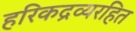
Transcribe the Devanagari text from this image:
हरिकद्रव्यरहित